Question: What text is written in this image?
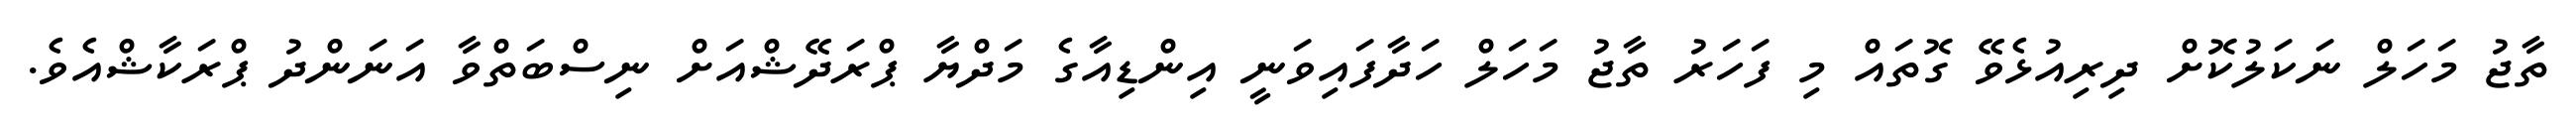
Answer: ތާޖު މަހަލް ނަކަލުކޮށް ދިރިއުޅެވޭ ގޮތައް މި ފަހަރު ތާޖު މަހަލް ހަދާފައިވަނީ އިންޑިއާގެ މަދްޔާ ޕްރަދޭޝްއަށް ނިސްބަތްވާ އަނަންދު ޕްރަކާޝްއެވެ.